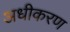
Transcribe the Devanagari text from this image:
अधीकरण